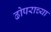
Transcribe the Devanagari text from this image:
ढोपराच्या